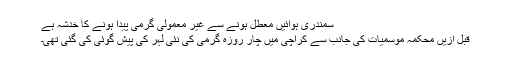
سمندری ہوائیں معطل ہونے سے غیر معمولی گرمی پیدا ہونے کا خدشہ ہے
قبل ازیں محکمہ موسمیات کی جانب سے کراچی میں چار روزہ گرمی کی نئی لہر کی پیش گوئی کی گئی تھی۔